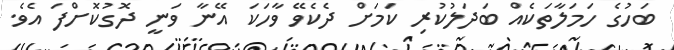
ބަހުގެ ހަމަލާތަކެއް ބަދަލުކުރި ކަމަށް ދެކެވޭ ވާހަކަ އޭނާ ވަނީ ދޮގުކޮށްފަ އެވެ.